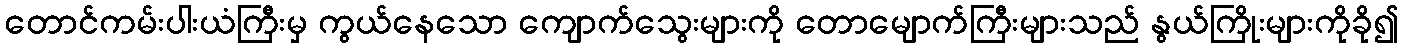
တောင်ကမ်းပါးယံကြီးမှ ကွယ်နေသော ကျောက်သွေးများကို တောမျောက်ကြီးများသည် နွယ်ကြိုးများကိုခို၍